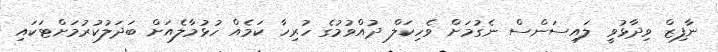
ނާފިޒް ވިދާޅުވީ ލައިސަންސް ނެގުމަށް ވެހިކަލް ދުއްވުމުގެ ހުރިހާ ކަމެއް ހުޅުމާލެއަށް ބަދަލުކުުރުމަށްޓަކައި